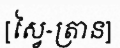
[ស្វៃ-ត្រាន]